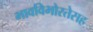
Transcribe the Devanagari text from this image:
भावविभोरतेसह